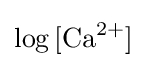
\log {[{\text{Ca}}^{2+}]}